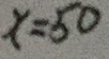
x = 5 0